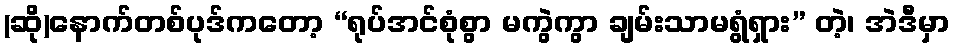
(ဆို)နောက်တစ်ပုဒ်ကတော့ “ရုပ်အင်စုံစွာ မကွဲကွာ ချမ်းသာမရွံရှား” တဲ့၊ အဲဒီမှာ